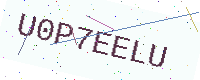
Text: U0P7EELU